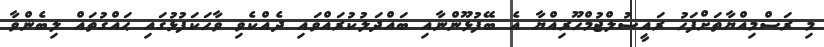
މި ރަސްމިއްޔާތަށްފަހު ރައީސުލްޖުމްހޫރިއްޔާ އެ ބޭފުޅޫންނާއި ބައްދަލުކުރައްވައި ދެއްކެވި ވާހަކަފުޅުގައި ޙައްގުތައް ލިބެންވާ